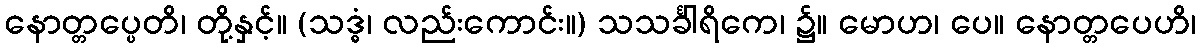
နောတ္တပ္ပေတိ၊ တို့နှင့်။ (သဒ္ဓံ၊ လည်းကောင်း။) သသင်္ခါရိကေ၊ ၌။ မောဟ၊ ပေ။ နောတ္တပေဟိ၊